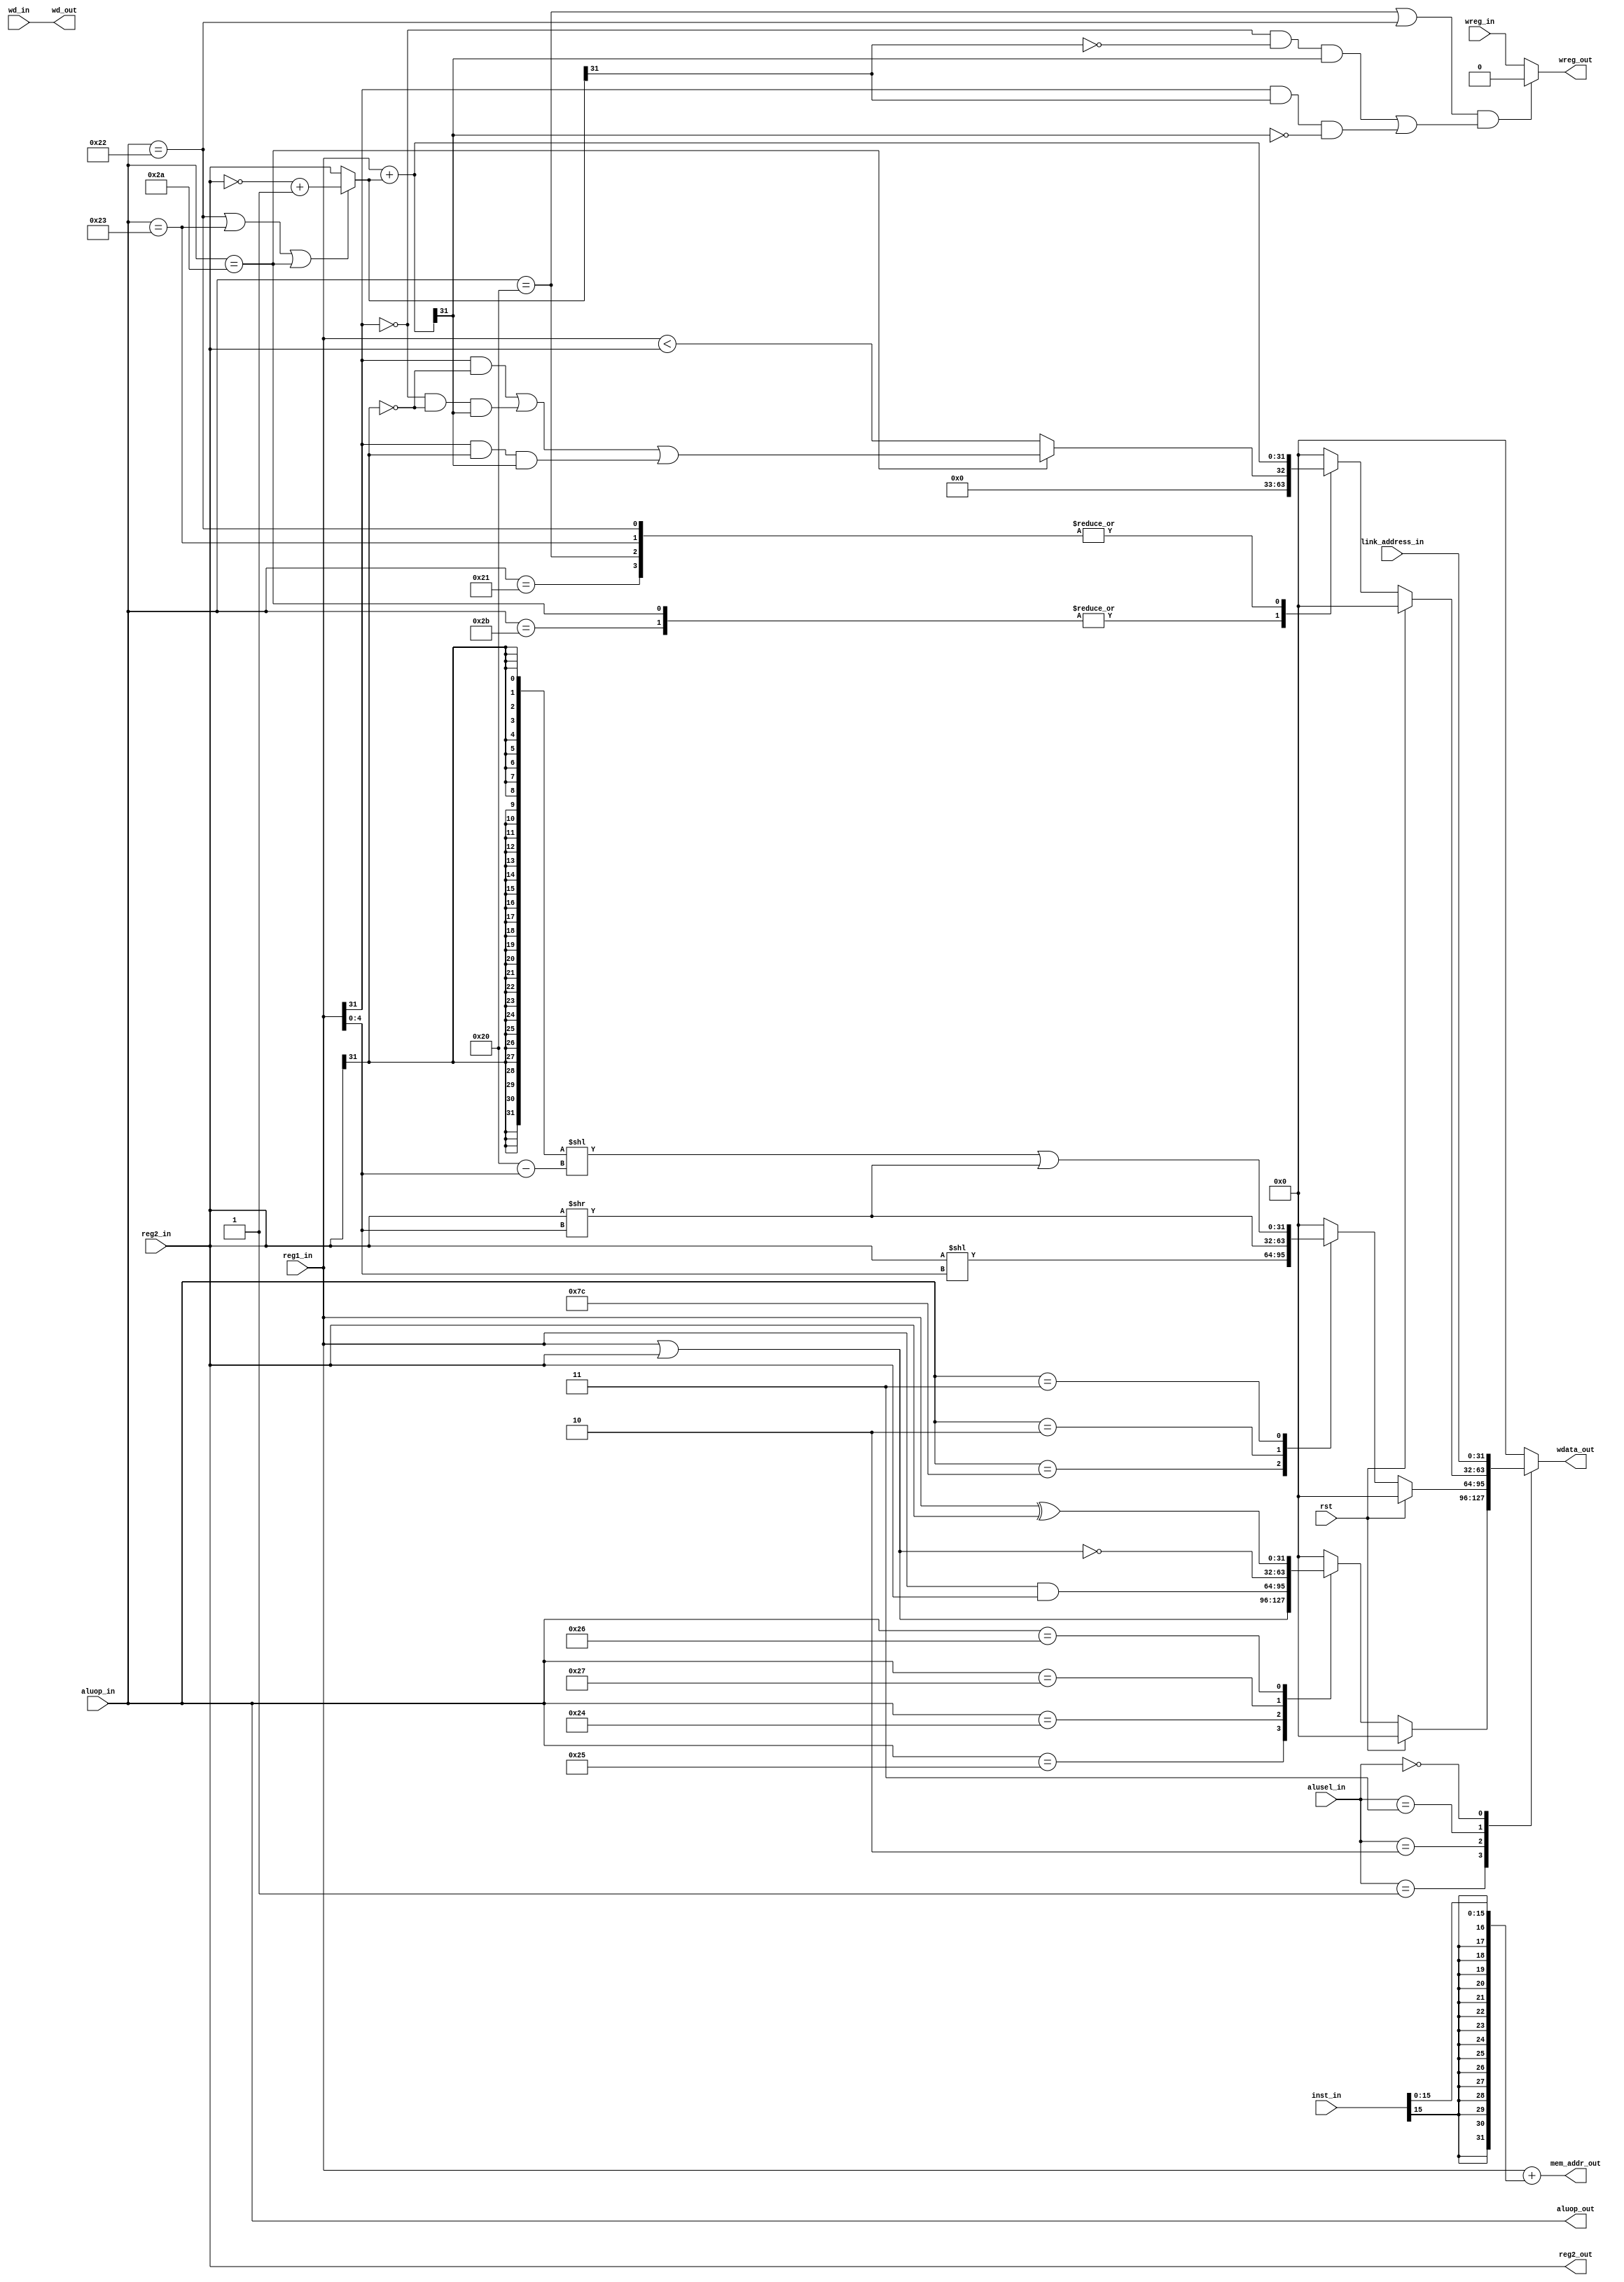
`timescale 1ns / 1ps
//////////////////////////////////////////////////////////////////////////////////
// Company: NCUT
// Module Name: ex
// Description: 
//////////////////////////////////////////////////////////////////////////////////

module ex(
    input rst,
    input [7:0] aluop_in,//
    input [2:0] alusel_in,//
    input [31:0] reg1_in,//1
    input [31:0] reg2_in,//2
    input [4:0] wd_in,//
    input wreg_in,//
    input [31:0] link_address_in,//
    input [31:0] inst_in,//
    output reg[4:0] wd_out,//
    output reg wreg_out,//
    output reg[31:0] wdata_out,//
    output wire[7:0] aluop_out,//
    output wire[31:0] mem_addr_out,//
    output wire[31:0] reg2_out//
    );
    reg[31:0] logicout;//
    reg[31:0] shiftres;//
    reg[31:0] arithmeticres;//
    wire ov_sum;//
    wire reg1_lt_reg2;//
    wire[31:0] reg2_in_mux;//reg2_in
    wire[31:0] result_sum;//
    assign reg2_in_mux=((aluop_in==8'b00100010)||(aluop_in==8'b00100011)||(aluop_in==8'b00101010))?(~reg2_in)+1:reg2_in;//SUB,SUBU,SLT 
    assign result_sum=reg1_in+reg2_in_mux;//SLT202
    assign ov_sum=((!reg1_in[31]&&!reg2_in_mux[31])&&result_sum[31])||((reg1_in[31]&&reg2_in_mux[31])&&(!result_sum[31]));
    //reg1_inreg2_in_mux  reg1_inreg2_in_mux 
    assign reg1_lt_reg2=((aluop_in==8'b00101010))?((reg1_in[31]&&!reg2_in[31])||(!reg1_in[31]&&!reg2_in[31]&&result_sum[31])||(reg1_in[31]&&reg2_in[31]&&result_sum[31])):(reg1_in<reg2_in);
    //SLT,reg1_inreg2_inreg1_inreg2_inreg_ireg2_in
    assign aluop_out=aluop_in;
    assign mem_addr_out=reg1_in+{{16{inst_in[15]}},inst_in[15:0]};//
    assign reg2_out=reg2_in;
    always @(*)begin//
        if(rst==1'b1) arithmeticres<=32'h00000000;
        else begin
            case(aluop_in)
                8'b00101010,8'b00101011:arithmeticres<=reg1_lt_reg2;//SLT,SLTU
                8'b00100000,8'b00100001:arithmeticres<=result_sum;//ADD,ADDU
                8'b00100010,8'b00100011:arithmeticres<=result_sum;//SUB,SUBU
                default:arithmeticres<=32'h00000000;
            endcase
        end
    end
    always @(*)begin//
        if(rst==1'b1) logicout<=32'h00000000;
        else begin
            case(aluop_in)
                8'b00100101:logicout<=reg1_in|reg2_in;//OR
                8'b00100100:logicout<=reg1_in&reg2_in;//AND
                8'b00100111:logicout<=~(reg1_in|reg2_in);//NOR
                8'b00100110:logicout<=reg1_in^reg2_in;//XOR
                default:logicout<=32'h00000000;
            endcase
        end
    end
    always @(*)begin//
        if(rst==1'b1) shiftres<=32'h00000000;
        else begin
            case(aluop_in)
                8'b01111100:shiftres<=reg2_in<<reg1_in[4:0];//SLL
                8'b00000010:shiftres<=reg2_in>>reg1_in[4:0];//SRL
                8'b00000011:shiftres<=({32{reg2_in[31]}}<<(6'd32-{1'b0,reg1_in[4:0]}))|reg2_in>>reg1_in[4:0];//SRA
                default:shiftres<=32'h00000000;
            endcase
        end
    end
    always @(*)begin
        wd_out<=wd_in;
        if(((aluop_in==8'b00100000)||(aluop_in==8'b00100010))&&(ov_sum==1'b1)) wreg_out<=1'b0;//ADD,SUB 
        else wreg_out<=wreg_in;
        case(alusel_in) 
            3'b001:wdata_out<=logicout;//LOGIC
            3'b010:wdata_out<=shiftres;//SHIFT
            3'b011:wdata_out<=arithmeticres;//ARITHMETIC
            3'b000:wdata_out<=link_address_in;//JUMP,BRANCH
            default:wdata_out<=32'h00000000;
        endcase
    end
endmodule